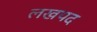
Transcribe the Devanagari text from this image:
लखपद